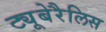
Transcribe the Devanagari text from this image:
ट्यूबेरैलिस